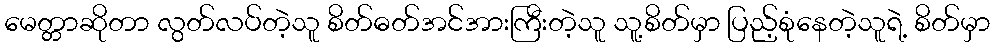
မေတ္တာဆိုတာ လွတ်လပ်တဲ့သူ စိတ်ဓတ်အင်အားကြီးတဲ့သူ သူ့စိတ်မှာ ပြည့်စုံနေတဲ့သူရဲ့ စိတ်မှာ